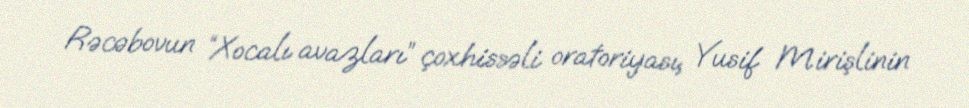
Rəcəbovun “Xocalı avazları” çoxhissəli oratoriyası, Yusif Mirişlinin